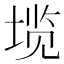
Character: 𱗏